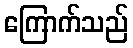
ကြောက်သည်